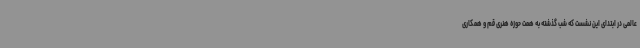
عالمی در ابتدای این نشست که شب گذشته به همت حوزه هنری قم و همکاری